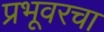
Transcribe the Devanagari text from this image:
प्रभूवरचा